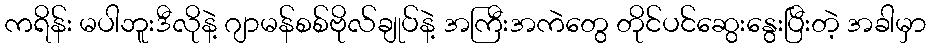
ကရိန်း မပါဘူးဒီလိုနဲ့ ဂျာမန်စစ်ဗိုလ်ချုပ်နဲ့ အကြီးအကဲတွေ တိုင်ပင်ဆွေးနွေးပြီးတဲ့ အခါမှာ